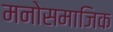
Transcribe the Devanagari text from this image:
मनोसमाजिक